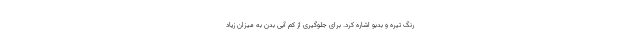
رنگ تیره و بدبو اشاره کرد. برای جلوگیری از کم آبی بدن به میزان زیاد